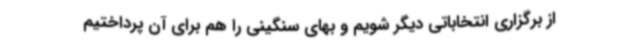
از برگزاری انتخاباتی دیگر شویم و بهای سنگینی را هم برای آن پرداختیم